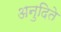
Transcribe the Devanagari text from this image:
अनुदिते